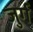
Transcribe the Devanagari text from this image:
जुर्ग